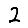
Digit: 2